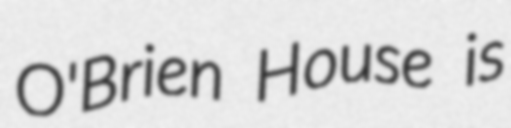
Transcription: O'Brien House is